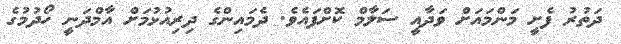
ދަތުރު ފެށީ މަންމައަށް ވަދާއީ ސަލާމް ކޮށްފައެވެ. ދެމައިންގެ ދިރިއުޅުމަށް އާމްދަނީ ހޯދުމުގެ